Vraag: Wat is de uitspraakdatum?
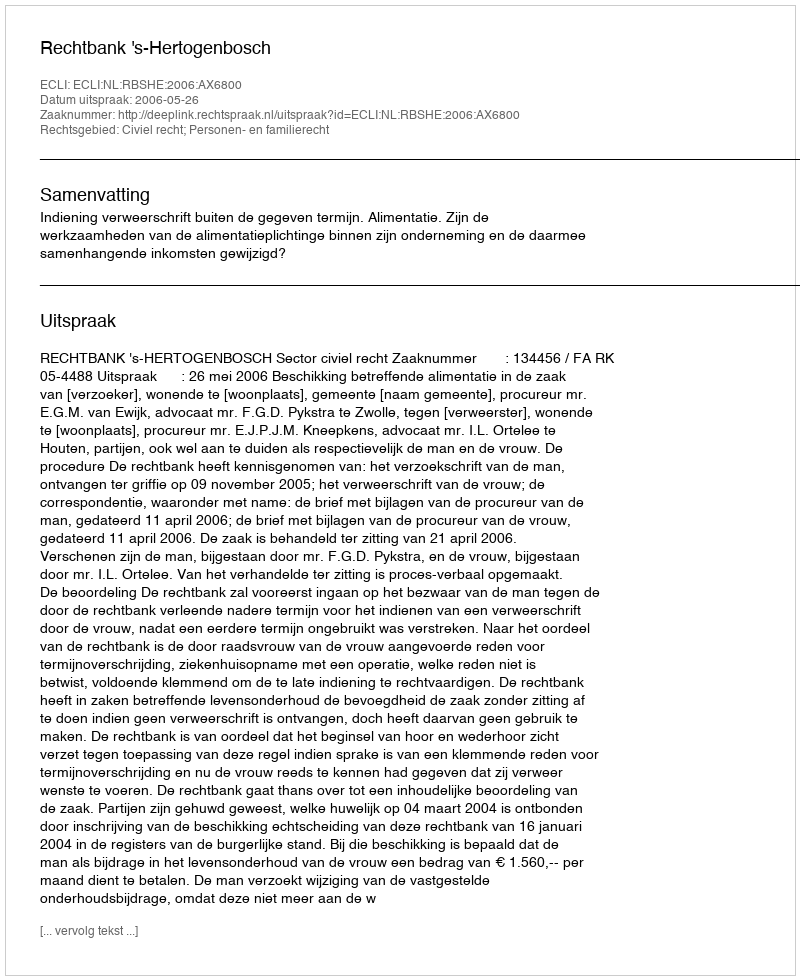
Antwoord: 2006-05-26